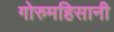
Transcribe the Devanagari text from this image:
गोरुमहिसानी